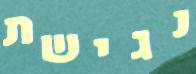
נגישת